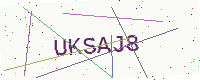
Text: UKSAJ8